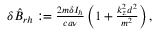
\begin{array} { r } { \delta \hat { B } _ { r h } : = \frac { 2 m \delta I _ { h } } { c a \nu } \left( 1 + \frac { k _ { z } ^ { 2 } d ^ { 2 } } { m ^ { 2 } } \right) , } \end{array}